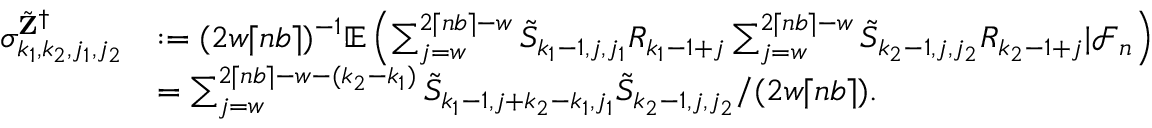
\begin{array} { r l } { \sigma _ { k _ { 1 } , k _ { 2 } , j _ { 1 } , j _ { 2 } } ^ { \tilde { \mathbf Z } ^ { \dagger } } } & { : = ( 2 w \lceil n b \rceil ) ^ { - 1 } \mathbb { E } \left( \sum _ { j = w } ^ { 2 \lceil n b \rceil - w } \tilde { S } _ { k _ { 1 } - 1 , j , j _ { 1 } } R _ { k _ { 1 } - 1 + j } \sum _ { j = w } ^ { 2 \lceil n b \rceil - w } \tilde { S } _ { k _ { 2 } - 1 , j , j _ { 2 } } R _ { k _ { 2 } - 1 + j } | \mathcal { F } _ { n } \right) } \\ & { = \sum _ { j = w } ^ { 2 \lceil n b \rceil - w - ( k _ { 2 } - k _ { 1 } ) } \tilde { S } _ { k _ { 1 } - 1 , j + k _ { 2 } - k _ { 1 } , j _ { 1 } } \tilde { S } _ { k _ { 2 } - 1 , j , j _ { 2 } } / ( 2 w \lceil n b \rceil ) . } \end{array}